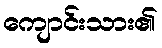
ကျောင်းသား၏